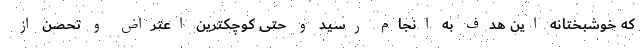
که خوشبختانه این هدف به انجام رسید و حتی کوچکترین اعتراض و تحصن از